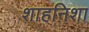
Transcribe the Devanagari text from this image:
शाहनिशा